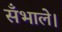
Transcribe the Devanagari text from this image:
सँभाले।